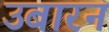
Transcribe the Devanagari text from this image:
उबारन